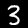
Label: 3